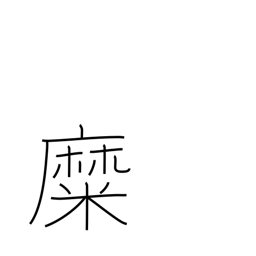
Meaning: be inflamed